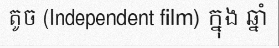
តូច (Independent film) ក្នុង ឆ្នាំ